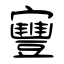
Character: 寷